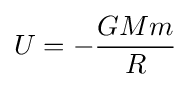
U=-{\frac {GMm}{R}}